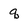
Character: q